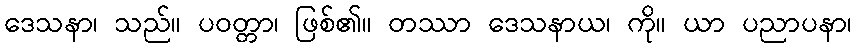
ဒေသနာ၊ သည်။ ပဝတ္တာ၊ ဖြစ်၏။ တဿာ ဒေသနာယ၊ ကို။ ယာ ပညာပနာ၊